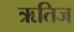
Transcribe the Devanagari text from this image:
ऋतिज